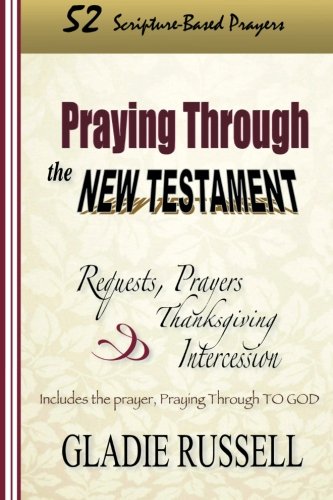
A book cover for Praying Through the New Testament; Gladie Russell; Religion & Spirituality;